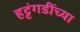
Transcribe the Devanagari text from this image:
हट्टंगडींच्या